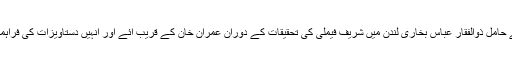
واضح رہے برطانوی شہریت کے حامل ذوالفقار عباس بخاری لندن میں شریف فیملی کی تحقیقات کے دوران عمران خان کے قریب آئے اور انہیں دستاویزات کی فراہمی کے حوالے سے اہم رول ادا کیا۔